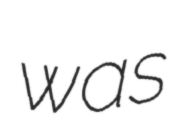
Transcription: was